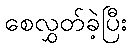
စေလွှတ်ခဲ့ပြီး